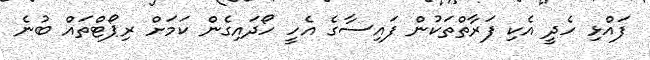
ފައްޅި ހެދީ އެކި ފަރާތްތަކުން ފައިސާގެ އެހީ ހޯދައިގެން ކަމަށް ރިޕޯޓްތައް ބުނެ